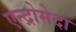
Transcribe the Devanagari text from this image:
एन्द्रोमेदा